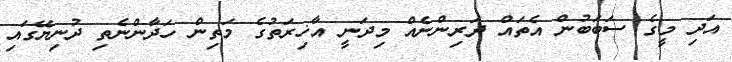
އަދި މީގެ ސަބަބުން އެތައް ދަރިންނެއް މިދަނީ އާޚިރަތުގެ މަތިން ހަދާންނެތި ދުނިޔޭގައި